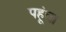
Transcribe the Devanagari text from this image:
पहूंचा